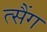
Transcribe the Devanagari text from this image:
त्सैंग